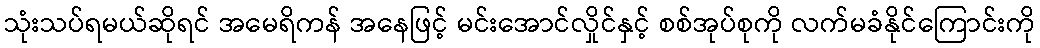
သုံးသပ်ရမယ်ဆိုရင် အမေရိကန် အနေဖြင့် မင်းအောင်လှိုင်နှင့် စစ်အုပ်စုကို လက်မခံနိုင်ကြောင်းကို